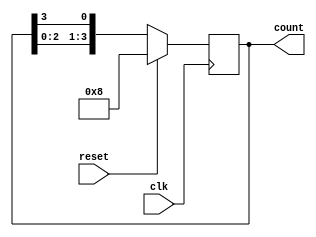
module ring_counter (
    input wire clk,          // Clock input
    input wire reset,        // Synchronous reset input
    output reg [3:0] count   // 4-bit output representing the state of the ring counter
);

    // Initial state
    initial begin
        count = 4'b1000; // Initialize to 1000
    end

    // Always block triggered on the rising edge of the clock
    always @(posedge clk) begin
        if (reset) begin
            count <= 4'b1000; // Reset to initial state
        end else begin
            // Shift the '1' to the next flip-flop
            count <= {count[2:0], count[3]}; // Shift left and wrap around
        end
    end

endmodule